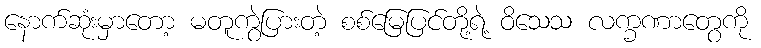
နောက်ဆုံးမှာတော့ မတူကွဲပြားတဲ့ စစ်မြေပြင်တို့ရဲ့ ဝိသေသ လက္ခဏာတွေကို